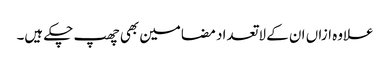
علاوہ ازاں ان کے لاتعداد مضامین بھی چھپ چکے ہیں۔